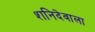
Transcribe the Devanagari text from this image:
शनिदेवाला